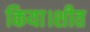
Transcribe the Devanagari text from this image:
किया।शीत